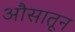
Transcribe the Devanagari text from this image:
औसातून